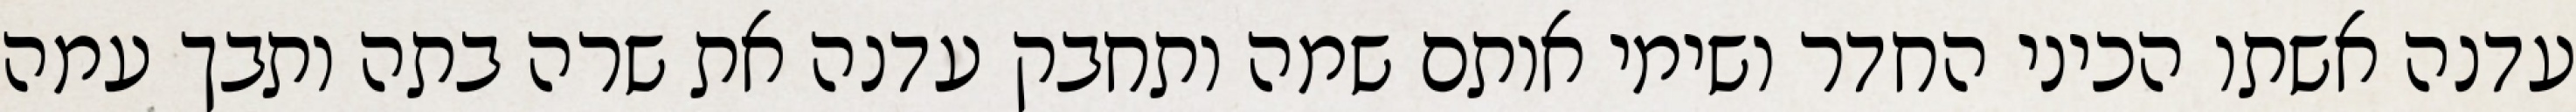
עדנה אשתו הכיני החדר ושימי אותם שמה ותחבק עדנה את שרה בתה ותבך עמה